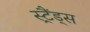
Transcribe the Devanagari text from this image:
स्ट्रैंड्स